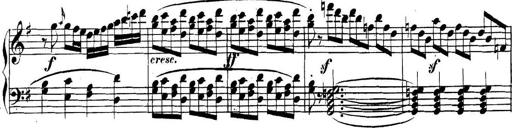
Title: Collected Piano Sonatas
Composer: Muzio Clementi